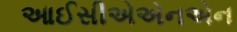
આઈસીએએનએન